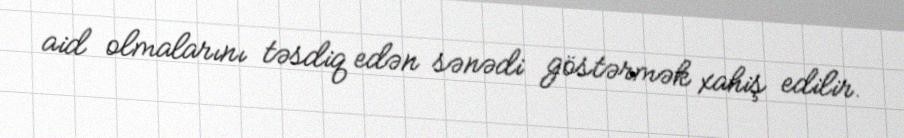
aid olmalarını təsdiq edən sənədi göstərmək xahiş edilir.